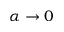
\alpha \rightarrow 0